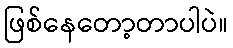
ဖြစ်နေတော့တာပါပဲ။